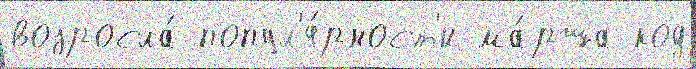
возросла́ попул'я́рност'и ма́рша код